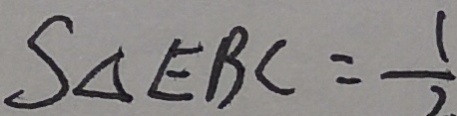
S _ { \Delta E B C } = \frac { 1 } { 2 }